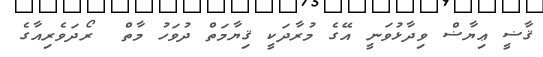
ޤާޟީ ޢިޔާޟް ވިދާޅުވަނީ އޭގެ މުރާދަކީ ޤިޔާމަތް ދުވަހު މާތް  ރޯދަވެރިއާގެ